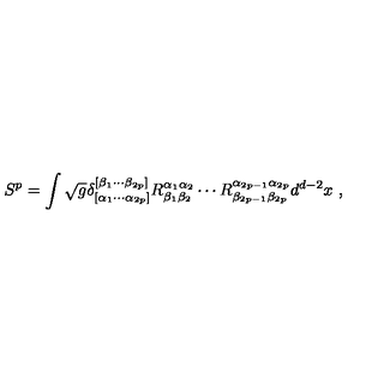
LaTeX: S ^ { p } = \int \sqrt { g } \delta _ { [ \alpha _ { 1 } \cdots \alpha _ { 2 p } ] } ^ { [ \beta _ { 1 } \cdots \beta _ { 2 p } ] } R _ { \beta _ { 1 } \beta _ { 2 } } ^ { \alpha _ { 1 } \alpha _ { 2 } } \cdots R _ { \beta _ { 2 p - 1 } \beta _ { 2 p } } ^ { \alpha _ { 2 p - 1 } \alpha _ { 2 p } } d ^ { d - 2 } x \ ,